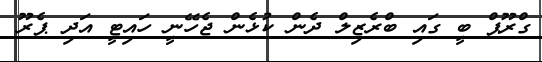
ގްރޫޕް ބީ ގައި ބްރެޒިލް ދެން ކުޅެން ޖެހޭނީ ހައިޓީ އަދި ޕެރޫ